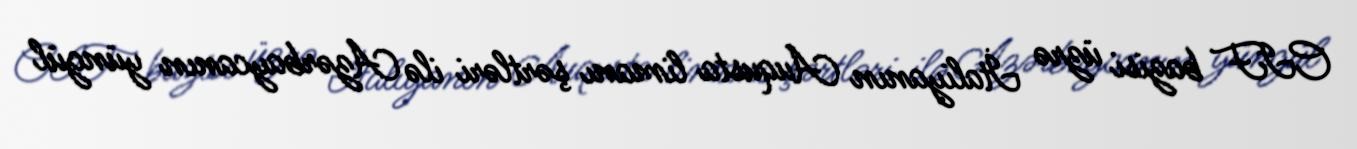
CIF bazisi üzrə İtaliyanın Auqusta limanı şərtləri ilə Azərbaycanın yüngül